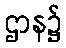
ဌာန၌